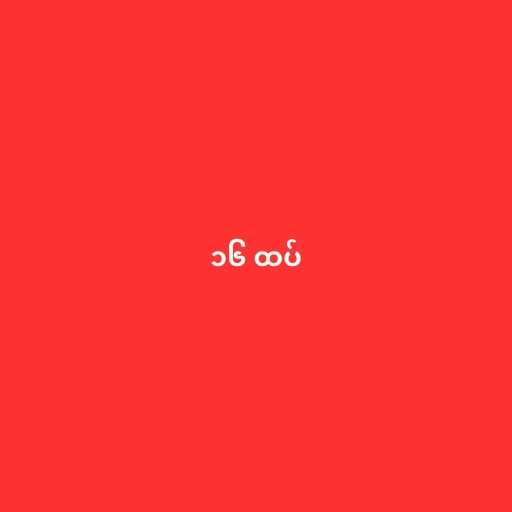
၁၆ ထပ်